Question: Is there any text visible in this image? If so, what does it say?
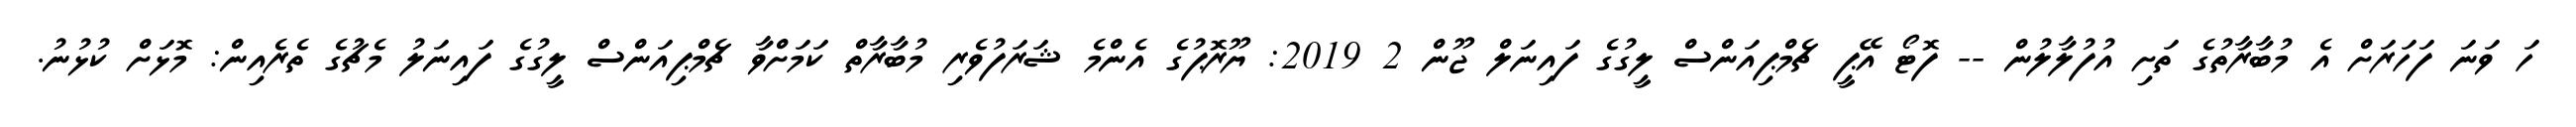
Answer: ހަ ވަނަ ފަހަރަށް އެ މުބާރާތުގެ ތަށި އުފުލާލުން -- ފޮޓޯ އޭޕީ ޗެމްޕިއަންސް ލީގުގެ ފައިނަލް ޖޫން 2 2019: ޔޫރޮޕުގެ އެންމެ ޝަރަފުވެރި މުބާރާތް ކަމަށްވާ ޗެމްޕިއަންސް ލީގުގެ ފައިނަލު މެޗުގެ ތެރެއިން: މޮޅަށް ކުޅުނު.